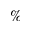
\%